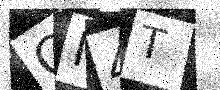
Text: CN4T